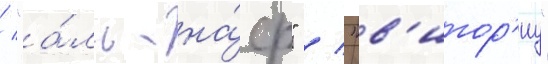
/ "а́ль-на́ср" / "в'итор'иу"